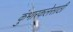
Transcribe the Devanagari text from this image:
कुंभारकलेसाठी